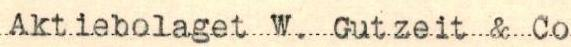
Aktiebolaget W. Gutzeit & Co